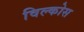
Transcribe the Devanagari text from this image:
विल्कोस